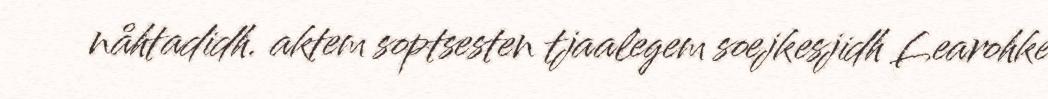
nåhtadidh. aktem soptsesten tjaalegem soejkesjidh Learohke